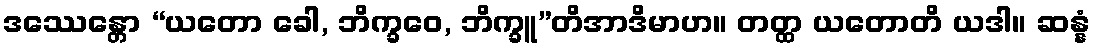
ဒဿေန္တော “ယတော ခေါ, ဘိက္ခဝေ, ဘိက္ခူ”တိအာဒိမာဟ။ တတ္ထ ယတောတိ ယဒါ။ ဆန္နံ